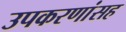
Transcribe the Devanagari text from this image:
उपकरणांसह